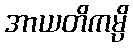
အာယတိကမ္ပိ